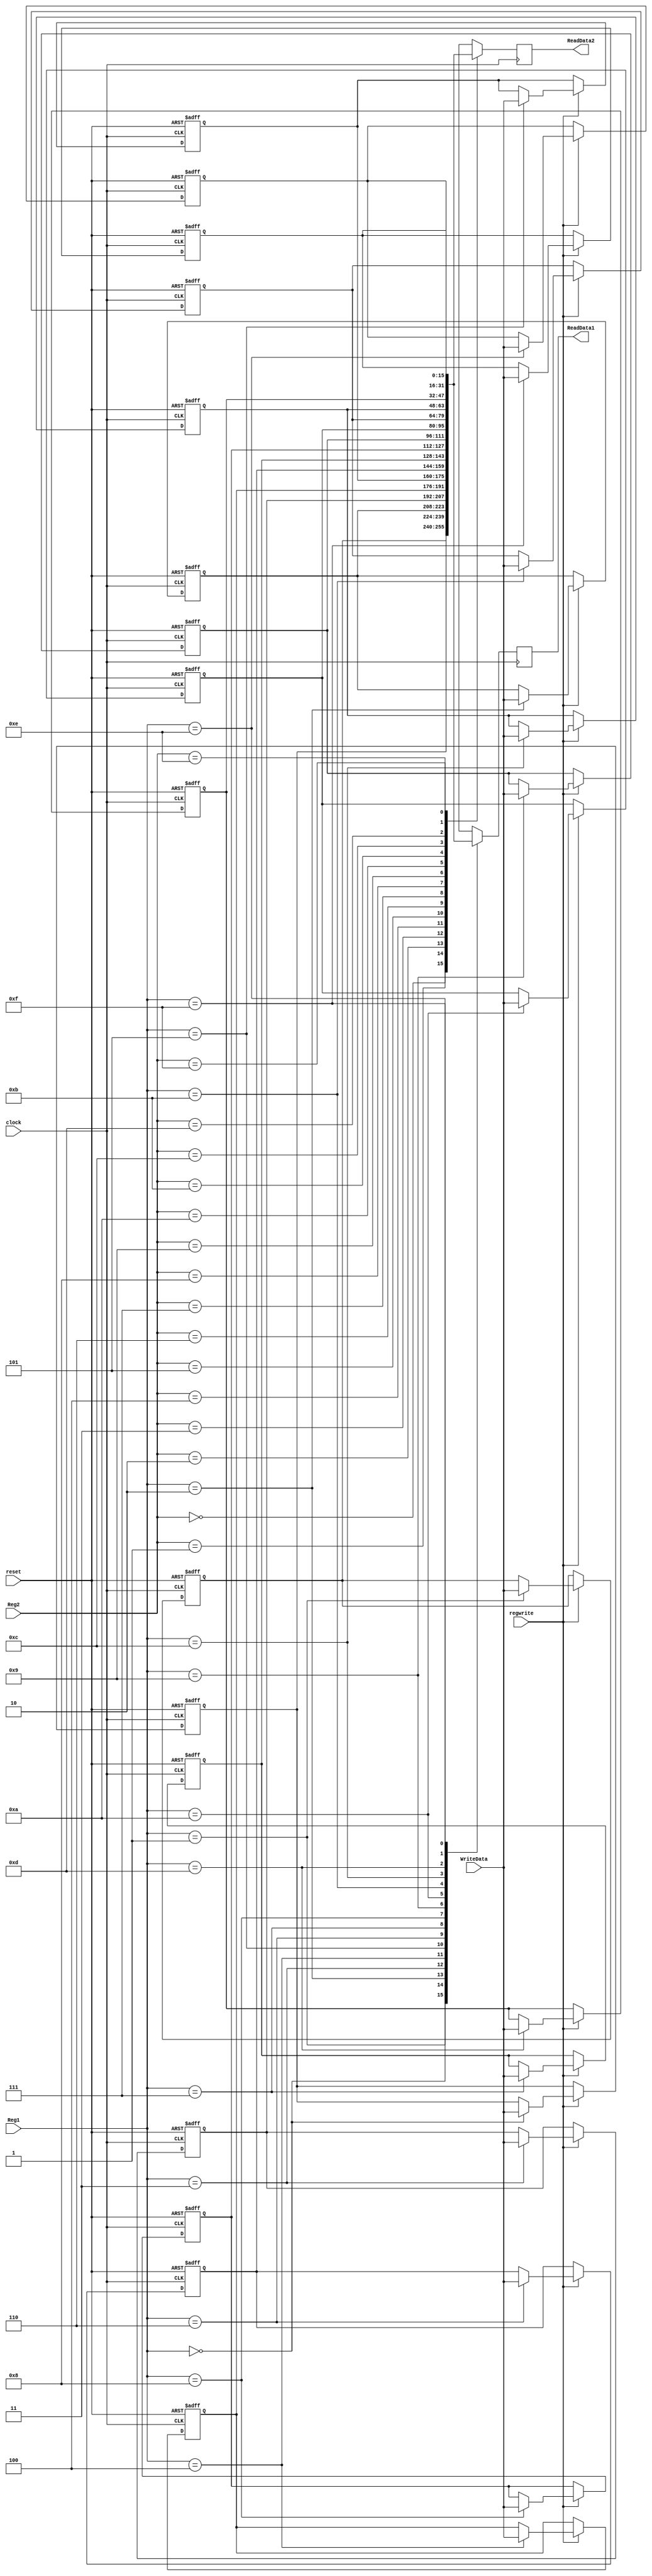
module Register_File (
	input [3:0] Reg1,Reg2,
	input [15:0] WriteData,
	input regwrite, clock, reset, 
	output reg [15:0] ReadData1, ReadData2
	);
	reg [15:0] Register [15:0];
	
	integer i;
	
	always@(posedge clock, negedge reset) begin
		if (!reset) begin
				Register[0] <= 16'h0000;
				Register[1] <= 16'h7B18;
				Register[2] <= 16'h246B;
				Register[3] <= 16'hFF0F;
				Register[4] <= 16'hF0FF;
				Register[5] <= 16'h0051;
				Register[6] <= 16'h6666;
				Register[7] <= 16'h00FF;
				Register[8] <= 16'hFF88;
				Register[9] <= 16'h0000;
				Register[10] <= 16'h0000;
				Register[11] <= 16'h3099;
				Register[12] <= 16'hCCCC;
				Register[13] <= 16'h0002;
				Register[14] <= 16'h0011;
				Register[15] <= 16'h0000;
		end
		else if (regwrite)
				Register[Reg1] <= WriteData;
	end
	
	
	always@(negedge clock)
	begin
		ReadData1 <= Register[Reg1];
		ReadData2 <= Register[Reg2];
	end
	
	
	
endmodule